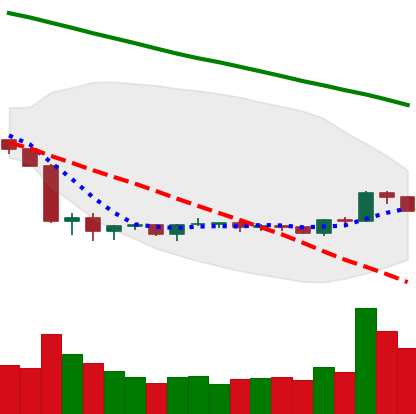
Ticker: BNB-USD
Chart end date: 2019-10-11
Forward return: 6.766%
Label: up_5_7